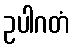
ဥပါဂတံ